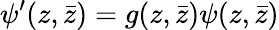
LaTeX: \psi^{\prime}(z,\bar{z})=g(z,\bar{z})\psi(z,\bar{z})